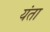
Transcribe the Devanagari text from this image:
यंता